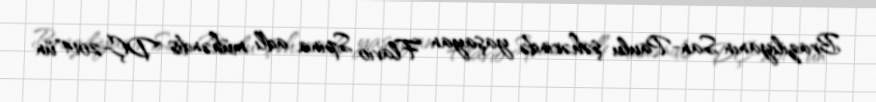
Braziliyanın San-Paulu şəhərində yaşayan Flavio Spina adlı mühəndis "DÇ-2014"ün